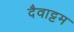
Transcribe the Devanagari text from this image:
दैवाट्टम